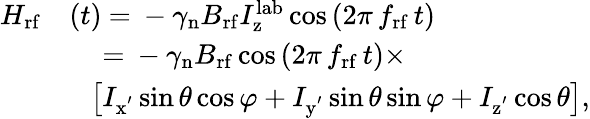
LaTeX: \begin{array}{rl}{H_{\mathrm{rf}}}&{(t)~{=}~-\gamma_{\mathrm{n}}B_{\mathrm{rf}}I_{\mathrm{z}}^{\mathrm{lab}}\cos{(2\pi\, f_{\mathrm{rf}}\, t)}}\\ &{\, ~~~~{=}~-\gamma_{\mathrm{n}}B_{\mathrm{rf}}\cos{(2\pi\, f_{\mathrm{rf}}\, t)}\times}\\ &{~~~\bigl[I_{\mathrm{x^{'}}}\sin{\theta}\cos{\varphi}+I_{\mathrm{y^{'}}}\sin{\theta}\sin{\varphi}+I_{\mathrm{z^{'}}}\cos{\theta}\bigr],}\end{array}